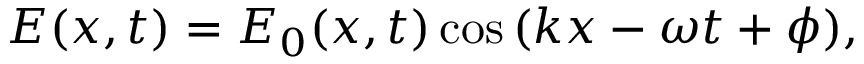
E ( x , t ) = E _ { 0 } ( x , t ) \cos { ( k x - \omega t + \phi ) } ,